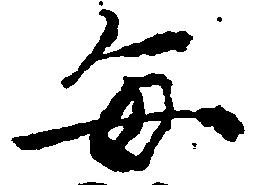
毎